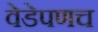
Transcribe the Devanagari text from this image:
वेडेपणच